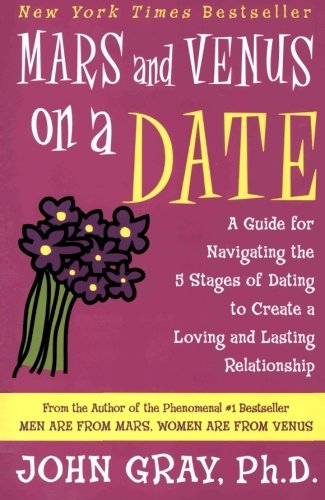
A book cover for Mars and Venus on a Date: A Guide for Navigating the 5 Stages of Dating to Create a Loving and Lasting Relationship; John Gray; Self-Help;